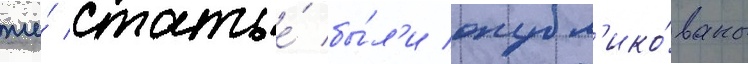
же́ статье́ бы́л'и опубл'ико́ваны